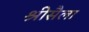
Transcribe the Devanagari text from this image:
श्रीसैला